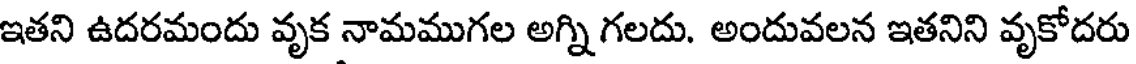
ఇతని ఉదరమందు వృక నామముగల అగ్ని గలదు. అందువలన ఇతనిని వృకోదరు